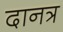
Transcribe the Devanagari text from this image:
दानत्र